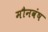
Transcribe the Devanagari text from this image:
मौनवंष